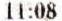
11:08